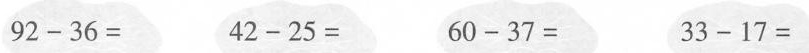
92-36= 42-25= 60-37= 33-17=